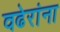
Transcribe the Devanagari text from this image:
वढेरांना